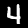
Label: 4